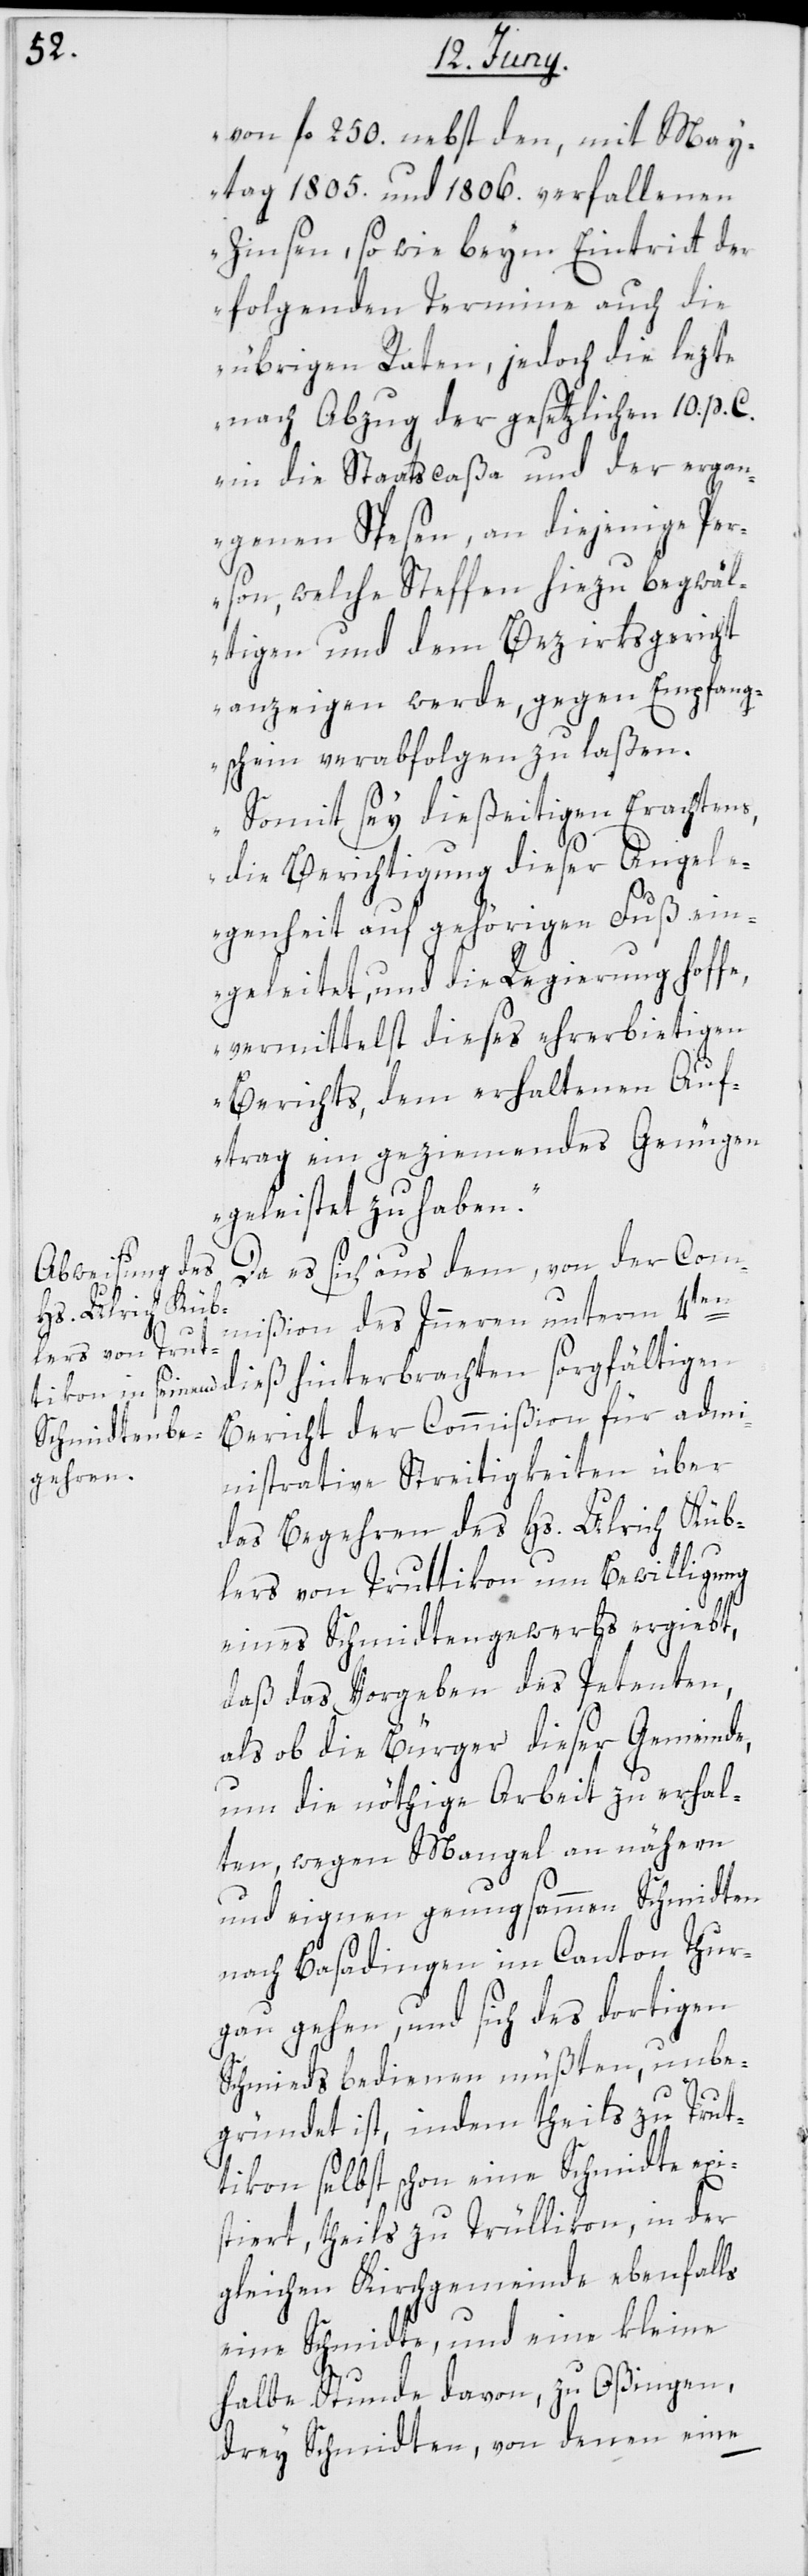
von fl. 250. nebst den, mit May¬
tag 1805. und 1806. verfallenen
Zinsen, sowie beym Eintritt der
folgenden Termine auch die
übrigen Raten, jedoch die lezte
nach Abzug der gesetzlichen 10. p. C.
in die Staatscaßa und der ergan¬
genen Spesen, an diejenige Per¬
son, welche Steffen hiezu begwäl¬
tigen und dem Bezirksgericht
anzeigen werde, gegen Empfang¬
sschein verabfolgen zu laßen.
Somit sey dießeitigen Erachtens,
die Berichtigung dieser Angele¬
genheit auf gehörigen Fuß ein¬
geleitet, und die Regierung hoffe,
vermittelst dieses ehrerbietigen
Berichts, dem erhaltenen Auf¬
trag ein geziemendes Genügen
geleistet zu haben.“
Da es sich aus dem, von der Com¬
mißion des Innern unterm 4t¬
en dieß hinterbrachten sorgfältigen
Bericht der Commißion für admi¬
nistrative Streitigkeiten über
das Begehren des Hs. Ulrich Küb¬
lers von Truttikon um Bewilligung
eines Schmidtengewerbs ergiebt,
daß das Vorgeben des Petenten,
als ob die Bürger dieser Gemeinde,
um die nöthige Arbeit zu erhal¬
ten, wegen Mangel an nähern
und eignen genugsammen Schmidten
nach Basadingen im Canton Thur¬
gau gehen, und sich des dortigen
Schmieds bedienen müßten, unbe¬
gründet ist, indem theils zu Trut¬
tikon selbst schon eine Schmidte exi¬
stiert, theils zu Trüllikon, in der
gleichen Kirchgemeinde ebenfalls
eine Schmidte, und eine kleine
halbe Stunde davon, zu Oßingen,
drey Schmidten, von denen eine